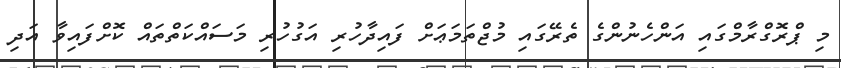
މި ޕްރޮގްރާމްގައި އަންހެނުންގެ ތެރޭގައި މުޖްތަމަޢަށް ފައިދާހުރި އަގުހުރި މަސައްކަތްތައް ކޮށްފައިވާ އަދި